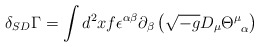
\begin{align*}\delta_{SD}\Gamma = \int d^2 x f \epsilon^{\alpha\beta} \partial_\beta \left(\sqrt{-g} D_\mu\Theta^\mu_{\;\;\alpha}\right)\end{align*}